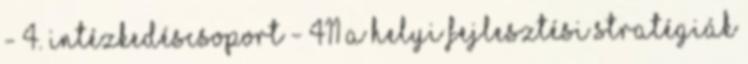
- 4. Intézkedéscsoport - 411 A helyi fejlesztési stratégiák